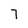
Character: 7